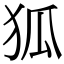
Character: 狐